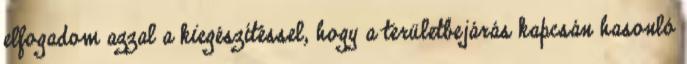
elfogadom azzal a kiegészítéssel, hogy a területbejárás kapcsán hasonló